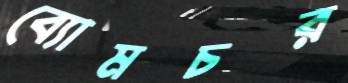
ব্যোমচর